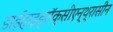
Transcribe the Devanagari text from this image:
डाईहाइड्रॉक्सीएन्थ्रासीन